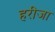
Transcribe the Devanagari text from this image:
हरीजा